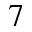
7